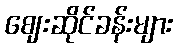
ဈေးဆိုင်ခန်းများ